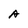
Character: A